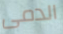
الدمى